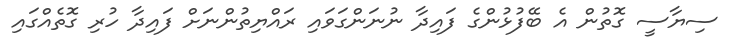
ސިޔާސީ ގޮތުން އެ ބޭފުޅުންގެ ފައިދާ ނުނަންގަވައި ރައްޔިތުންނަށް ފައިދާ ހުރި ގޮތެއްގައި